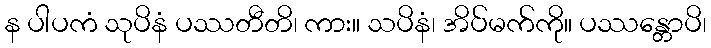
န ပါပကံ သုပိနံ ပဿတီတိ၊ ကား။ သပိနံ၊ အိပ်မက်ကို။ ပဿန္တောပိ၊